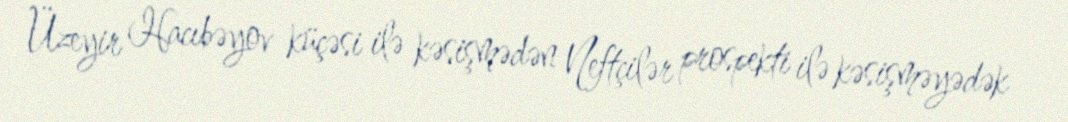
Üzeyir Hacıbəyov küçəsi ilə kəsişmədən Neftçilər prospekti ilə kəsişməyədək